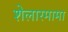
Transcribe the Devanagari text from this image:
शेलारमामा